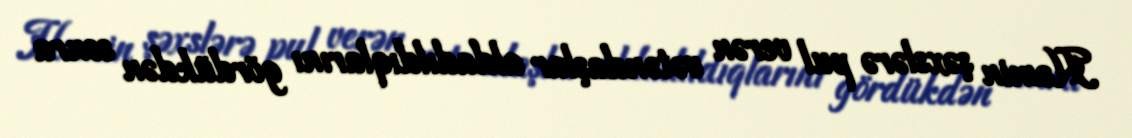
Həmin şəxslərə pul verən vətəndaşlar aldadıldıqlarını gördükdən sonra